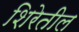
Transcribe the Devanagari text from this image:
शिरेतील